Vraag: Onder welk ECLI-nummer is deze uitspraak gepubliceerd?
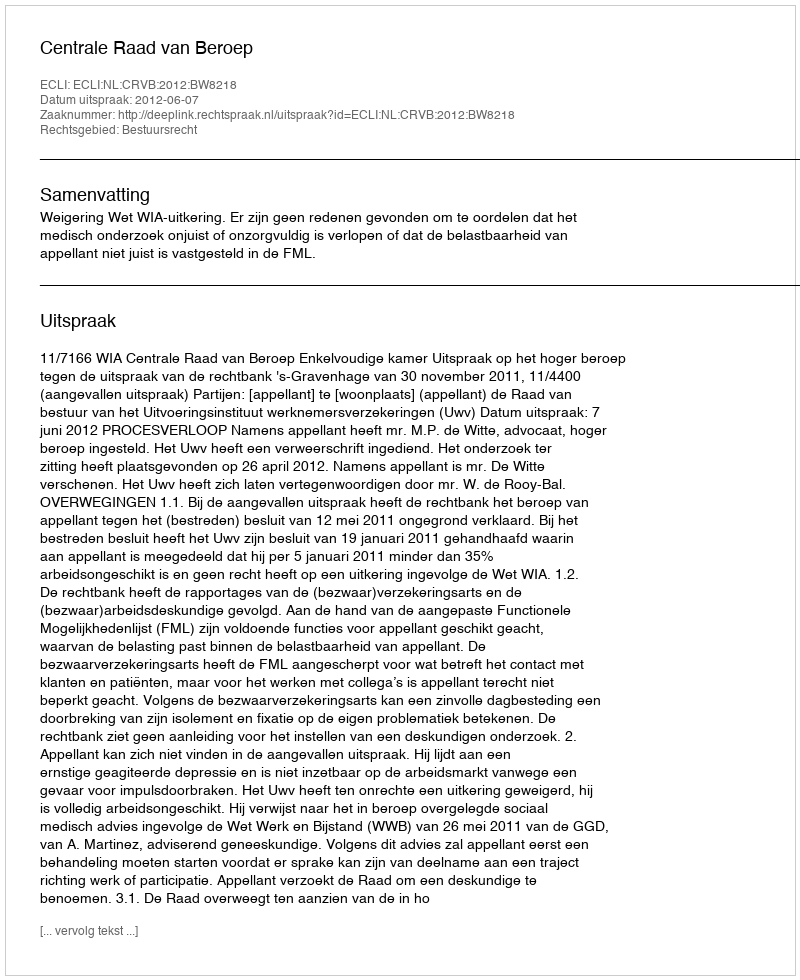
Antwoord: ECLI:NL:CRVB:2012:BW8218